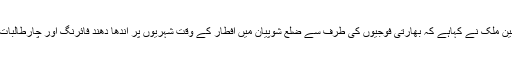
23 مئی2018ء) مقبوضہ کشمیرمیں حریت رہنمائوں سیدعلی گیلانی اور محمد یاسین ملک نے کہاہے کہ بھارتی فوجیوں کی طرف سے ضلع شوپیان میں افطار کے وقت شہریوں پر اندھا دھند فائرنگ اور چارطالبات کے زخمی ہونے سے بھارت کے جنگ بندی کے ڈرامے کی قلعی کھل گئی ہے ۔